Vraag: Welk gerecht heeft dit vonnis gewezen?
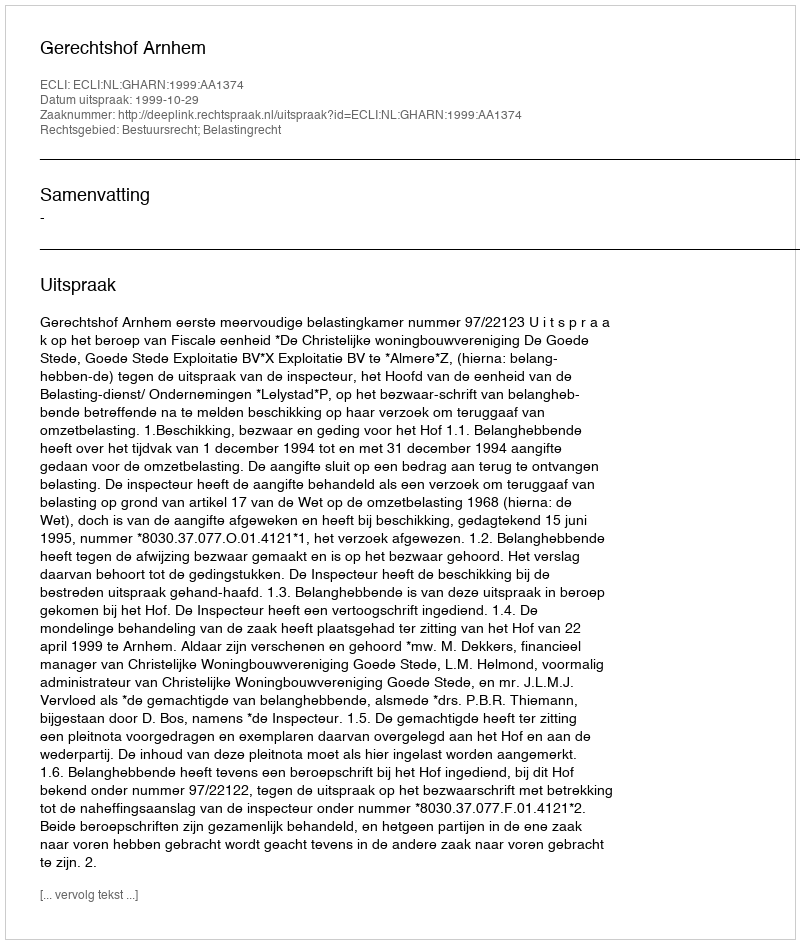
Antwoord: Gerechtshof Arnhem